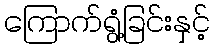
ကြောက်ရွံ့ခြင်းနှင့်